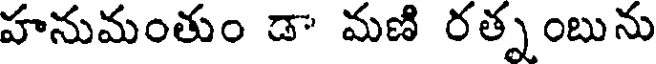
హనుమంతుం డా మణి రత్నంబును